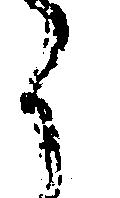
く